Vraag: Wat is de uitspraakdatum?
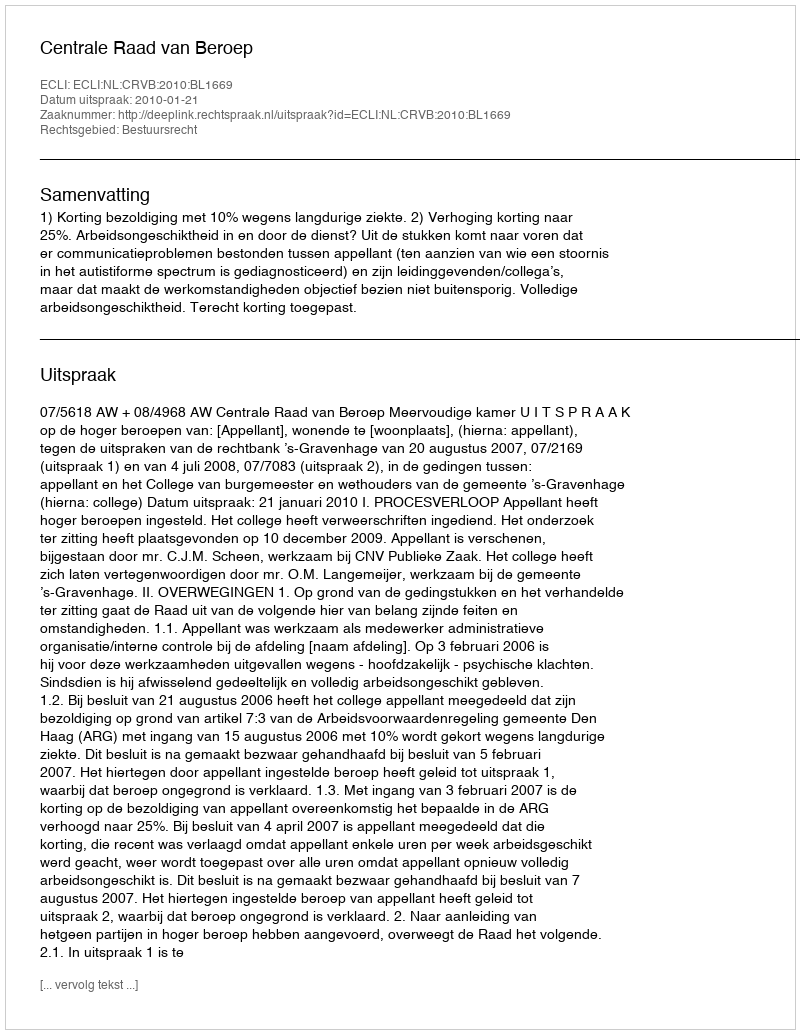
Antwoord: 2010-01-21